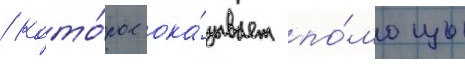
/ кото́рое ока́зывает по́мощь